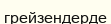
грейзендерде